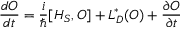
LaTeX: { \frac { d O } { d t } } = { \frac { i } { \hbar } } [ H _ { S } , O ] + L _ { D } ^ { * } ( O ) + { \frac { \partial O } { \partial t } }